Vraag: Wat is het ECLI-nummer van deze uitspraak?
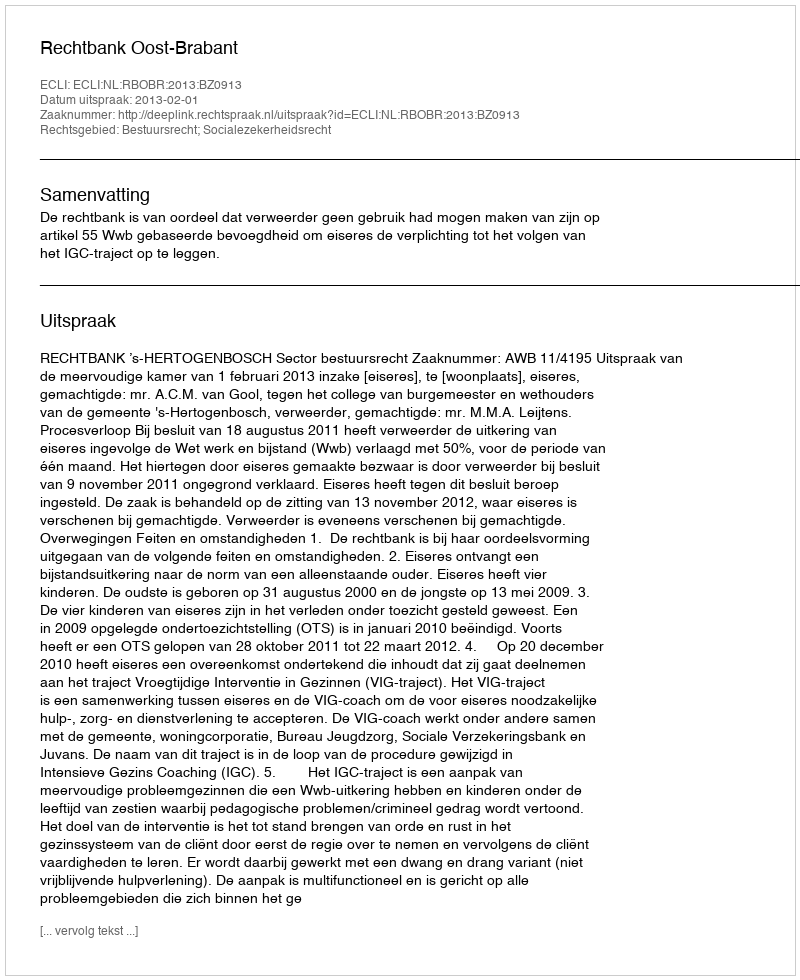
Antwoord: ECLI:NL:RBOBR:2013:BZ0913